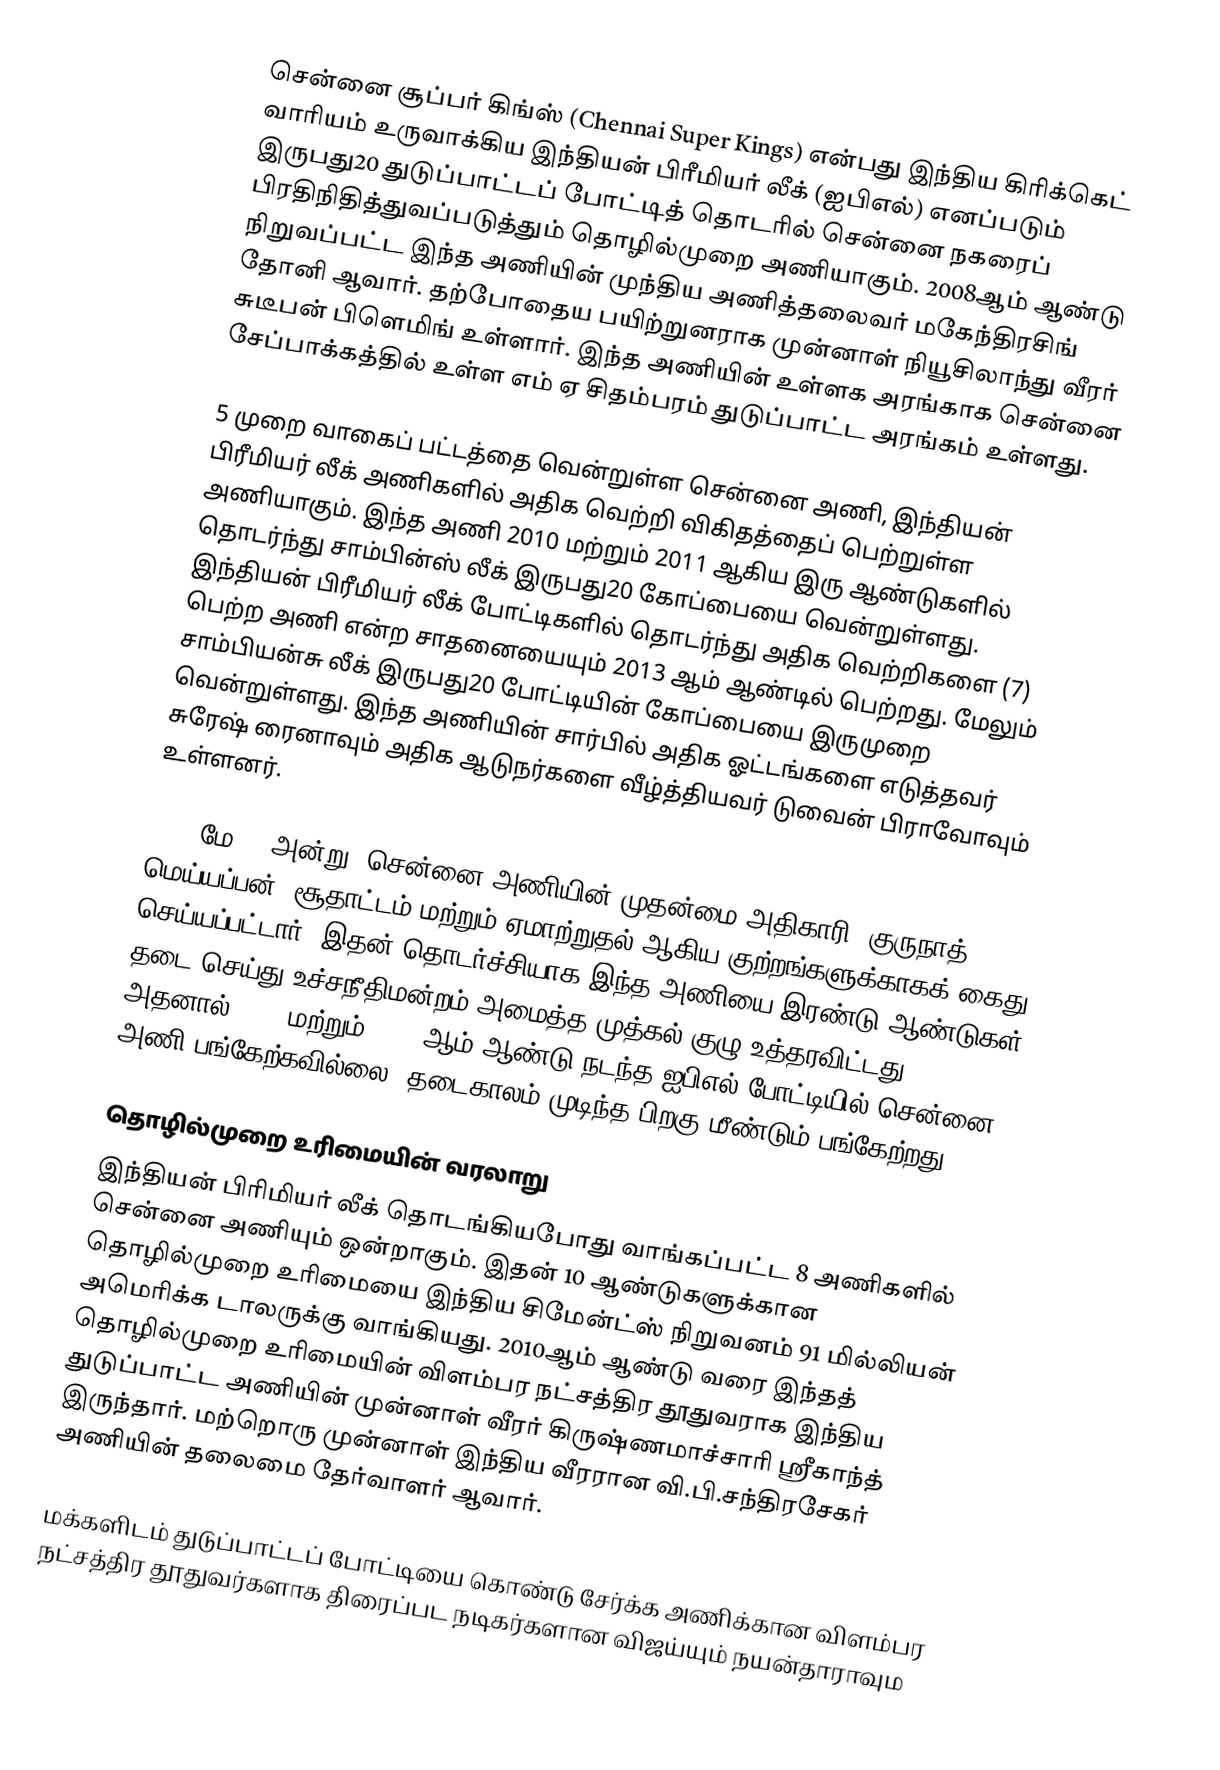
சென்னை சூப்பர் கிங்ஸ் (Chennai Super Kings)  என்பது இந்திய கிரிக்கெட் வாரியம் உருவாக்கிய இந்தியன் பிரீமியர் லீக் (ஐபிஎல்) எனப்படும் இருபது20 துடுப்பாட்டப் போட்டித் தொடரில் சென்னை நகரைப் பிரதிநிதித்துவப்படுத்தும் தொழில்முறை அணியாகும். 2008ஆம் ஆண்டு நிறுவப்பட்ட இந்த அணியின்  முந்திய அணித்தலைவர் மகேந்திரசிங் தோனி ஆவார். தற்போதைய பயிற்றுனராக முன்னாள் நியூசிலாந்து வீரர் சுடீபன் பிளெமிங் உள்ளார். இந்த அணியின் உள்ளக அரங்காக சென்னை சேப்பாக்கத்தில் உள்ள எம் ஏ சிதம்பரம் துடுப்பாட்ட அரங்கம் உள்ளது.

5 முறை வாகைப் பட்டத்தை வென்றுள்ள சென்னை அணி, இந்தியன் பிரீமியர் லீக் அணிகளில் அதிக வெற்றி விகிதத்தைப் பெற்றுள்ள அணியாகும். இந்த அணி 2010 மற்றும் 2011 ஆகிய இரு ஆண்டுகளில் தொடர்ந்து சாம்பின்ஸ் லீக் இருபது20 கோப்பையை வென்றுள்ளது. இந்தியன் பிரீமியர் லீக் போட்டிகளில் தொடர்ந்து அதிக வெற்றிகளை (7) பெற்ற அணி என்ற சாதனையையும் 2013 ஆம் ஆண்டில் பெற்றது. மேலும் சாம்பியன்சு லீக் இருபது20 போட்டியின் கோப்பையை இருமுறை வென்றுள்ளது. இந்த அணியின் சார்பில் அதிக ஓட்டங்களை எடுத்தவர் சுரேஷ் ரைனாவும் அதிக ஆடுநர்களை வீழ்த்தியவர் டுவைன் பிராவோவும் உள்ளனர்.

2013 மே 24 அன்று, சென்னை அணியின் முதன்மை அதிகாரி, குருநாத் மெய்யப்பன், சூதாட்டம் மற்றும் ஏமாற்றுதல் ஆகிய குற்றங்களுக்காகக் கைது செய்யப்பட்டார். இதன் தொடர்ச்சியாக இந்த அணியை இரண்டு ஆண்டுகள் தடை செய்து உச்சநீதிமன்றம் அமைத்த முத்கல் குழு உத்தரவிட்டது. அதனால் 2016 மற்றும் 2017 ஆம் ஆண்டு நடந்த ஐபிஎல் போட்டியில் சென்னை அணி பங்கேற்கவில்லை. தடைகாலம் முடிந்த பிறகு மீண்டும் பங்கேற்றது.

தொழில்முறை உரிமையின் வரலாறு
இந்தியன் பிரிமியர் லீக் தொடங்கியபோது வாங்கப்பட்ட  8 அணிகளில் சென்னை அணியும் ஒன்றாகும். இதன் 10 ஆண்டுகளுக்கான தொழில்முறை உரிமையை இந்திய சிமேன்ட்ஸ் நிறுவனம் 91 மில்லியன் அமெரிக்க டாலருக்கு வாங்கியது. 2010ஆம் ஆண்டு வரை இந்தத் தொழில்முறை உரிமையின் விளம்பர நட்சத்திர தூதுவராக இந்திய துடுப்பாட்ட அணியின் முன்னாள் வீரர் கிருஷ்ணமாச்சாரி ஸ்ரீகாந்த் இருந்தார். மற்றொரு முன்னாள் இந்திய வீரரான வி.பி.சந்திரசேகர் அணியின் தலைமை தேர்வாளர் ஆவார்.

மக்களிடம் துடுப்பாட்டப் போட்டியை கொண்டு சேர்க்க அணிக்கான விளம்பர நட்சத்திர தூதுவர்களாக திரைப்பட நடிகர்களான விஜய்யும் நயன்தாராவும